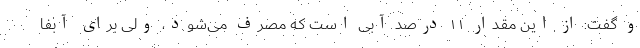
و گفت: از این مقدار ۱۱ درصد آبی است که مصرف می‌شود، ولی برای آبفا